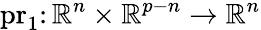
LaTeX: {\mathrm{pr}_{1}}\colon{\mathbb{R}^{n}}\times{\mathbb{R}^{p-n}}\to{\mathbb{R}^{n}}